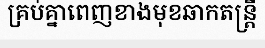
គ្រប់គ្នាពេញខាងមុខឆាកតន្ត្រី